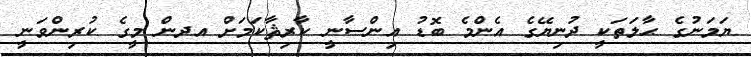
ޔަމަނުގެ ޙާލަތަކީ ދުނިޔޭގެ އެންމެ ބޮޑު އިންސާނީ ކާރިޘާކަމަށް އދން މީގެ ކުރިންވަނީ